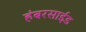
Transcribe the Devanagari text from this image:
हंबरसाईड